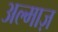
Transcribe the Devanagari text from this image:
अल्माज़